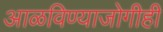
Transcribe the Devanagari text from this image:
आळविण्याजोगीही